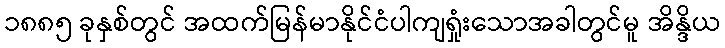
၁၈၈၅ ခုနှစ်တွင် အထက်မြန်မာနိုင်ငံပါကျရှုံးသောအခါတွင်မူ အိန္ဒိယ